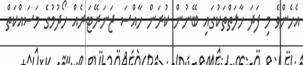
އެހެންވެ މި ފަދަ ހާލަތްތަކުގައި ބޭނުން ކުރަން ހާއްސަ ޖަނަރޭޓަރެއް ހޯދުމުގެ މަސައްކަތް